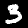
Digit: 3